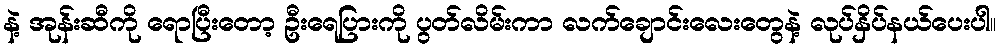
နဲ့ အုန်းဆီကို ရောပြီးတော့ ဦးရေပြားကို ပွတ်လိမ်းကာ လက်ချောင်းလေးတွေနဲ့ လုပ်နှိပ်နယ်ပေးပါ။